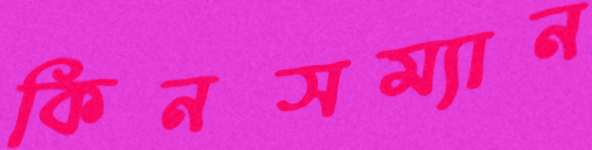
কিনসম্যান